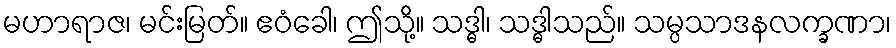
မဟာရာဇ၊ မင်းမြတ်။ ဧဝံခေါ၊ ဤသို့။ သဒ္ဓါ၊ သဒ္ဓါသည်။ သမ္ပသာဒနလက္ခဏာ၊